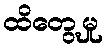
ထိတွေ့မှု